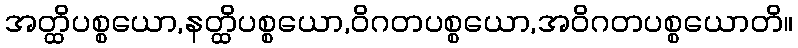
အတ္ထိပစ္စယော,နတ္ထိပစ္စယော,ဝိဂတပစ္စယော,အဝိဂတပစ္စယောတိ။